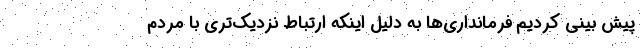
پیش بینی کردیم فرمانداری‌ها به دلیل اینکه ارتباط نزدیک‌تری با مردم